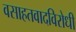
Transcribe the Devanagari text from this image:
वसाहतवादविरोधी